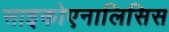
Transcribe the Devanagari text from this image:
साइकोएनालिसिस